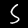
Digit: 5